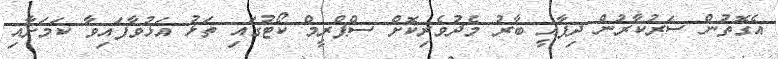
އެގޮތުން ސަރުކާރުން ދިފާއީ ބާރު މެދުވެރިކޮށް ސްޕްރީމް ކޯޓުގައި ތަޅު އަޅުވާފައިވާ ކަމަށާއި